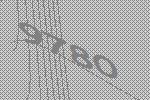
9780